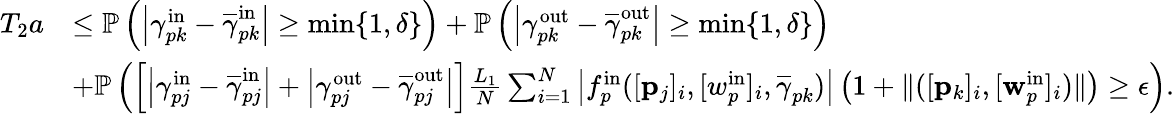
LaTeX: \begin{array}{rl}{T_{2}a}&{\leq\mathbb{P}\left(\left|\gamma_{pk}^{\mathrm{in}}-\overline{{\gamma}}_{pk}^{\mathrm{in}}\right|\geq\operatorname*{min}\{ 1,\delta\} \right)+\mathbb{P}\left(\left|\gamma_{pk}^{\mathrm{out}}-\overline{{\gamma}}_{pk}^{\mathrm{out}}\right|\geq\operatorname*{min}\{ 1,\delta\} \right)}\\ &{+\mathbb{P}\left(\left[\left|\gamma_{pj}^{\mathrm{in}}-\overline{{\gamma}}_{pj}^{\mathrm{in}}\right|+\left|\gamma_{pj}^{\mathrm{out}}-\overline{{\gamma}}_{pj}^{\mathrm{out}}\right|\right]\frac{L_{1}}{N}\sum_{i=1}^{N}\left|f_{p}^{\mathrm{in}}([\mathbf{p}_{j}]_{i},[w_{p}^{\mathrm{in}}]_{i},\overline{{\gamma}}_{pk})\right|\left(1+\| ([\mathbf{p}_{k}]_{i},[\mathbf{w}_{p}^{\mathrm{in}}]_{i})\| \right)\geq\epsilon\right).}\end{array}